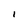
Character: I